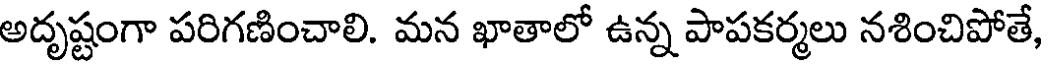
అదృష్టంగా పరిగణించాలి. మన ఖాతాలో ఉన్న పాపకర్మలు నశించిపోతే,